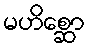
မဟိစ္ဆော